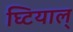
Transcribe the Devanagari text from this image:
घ्टियाल्